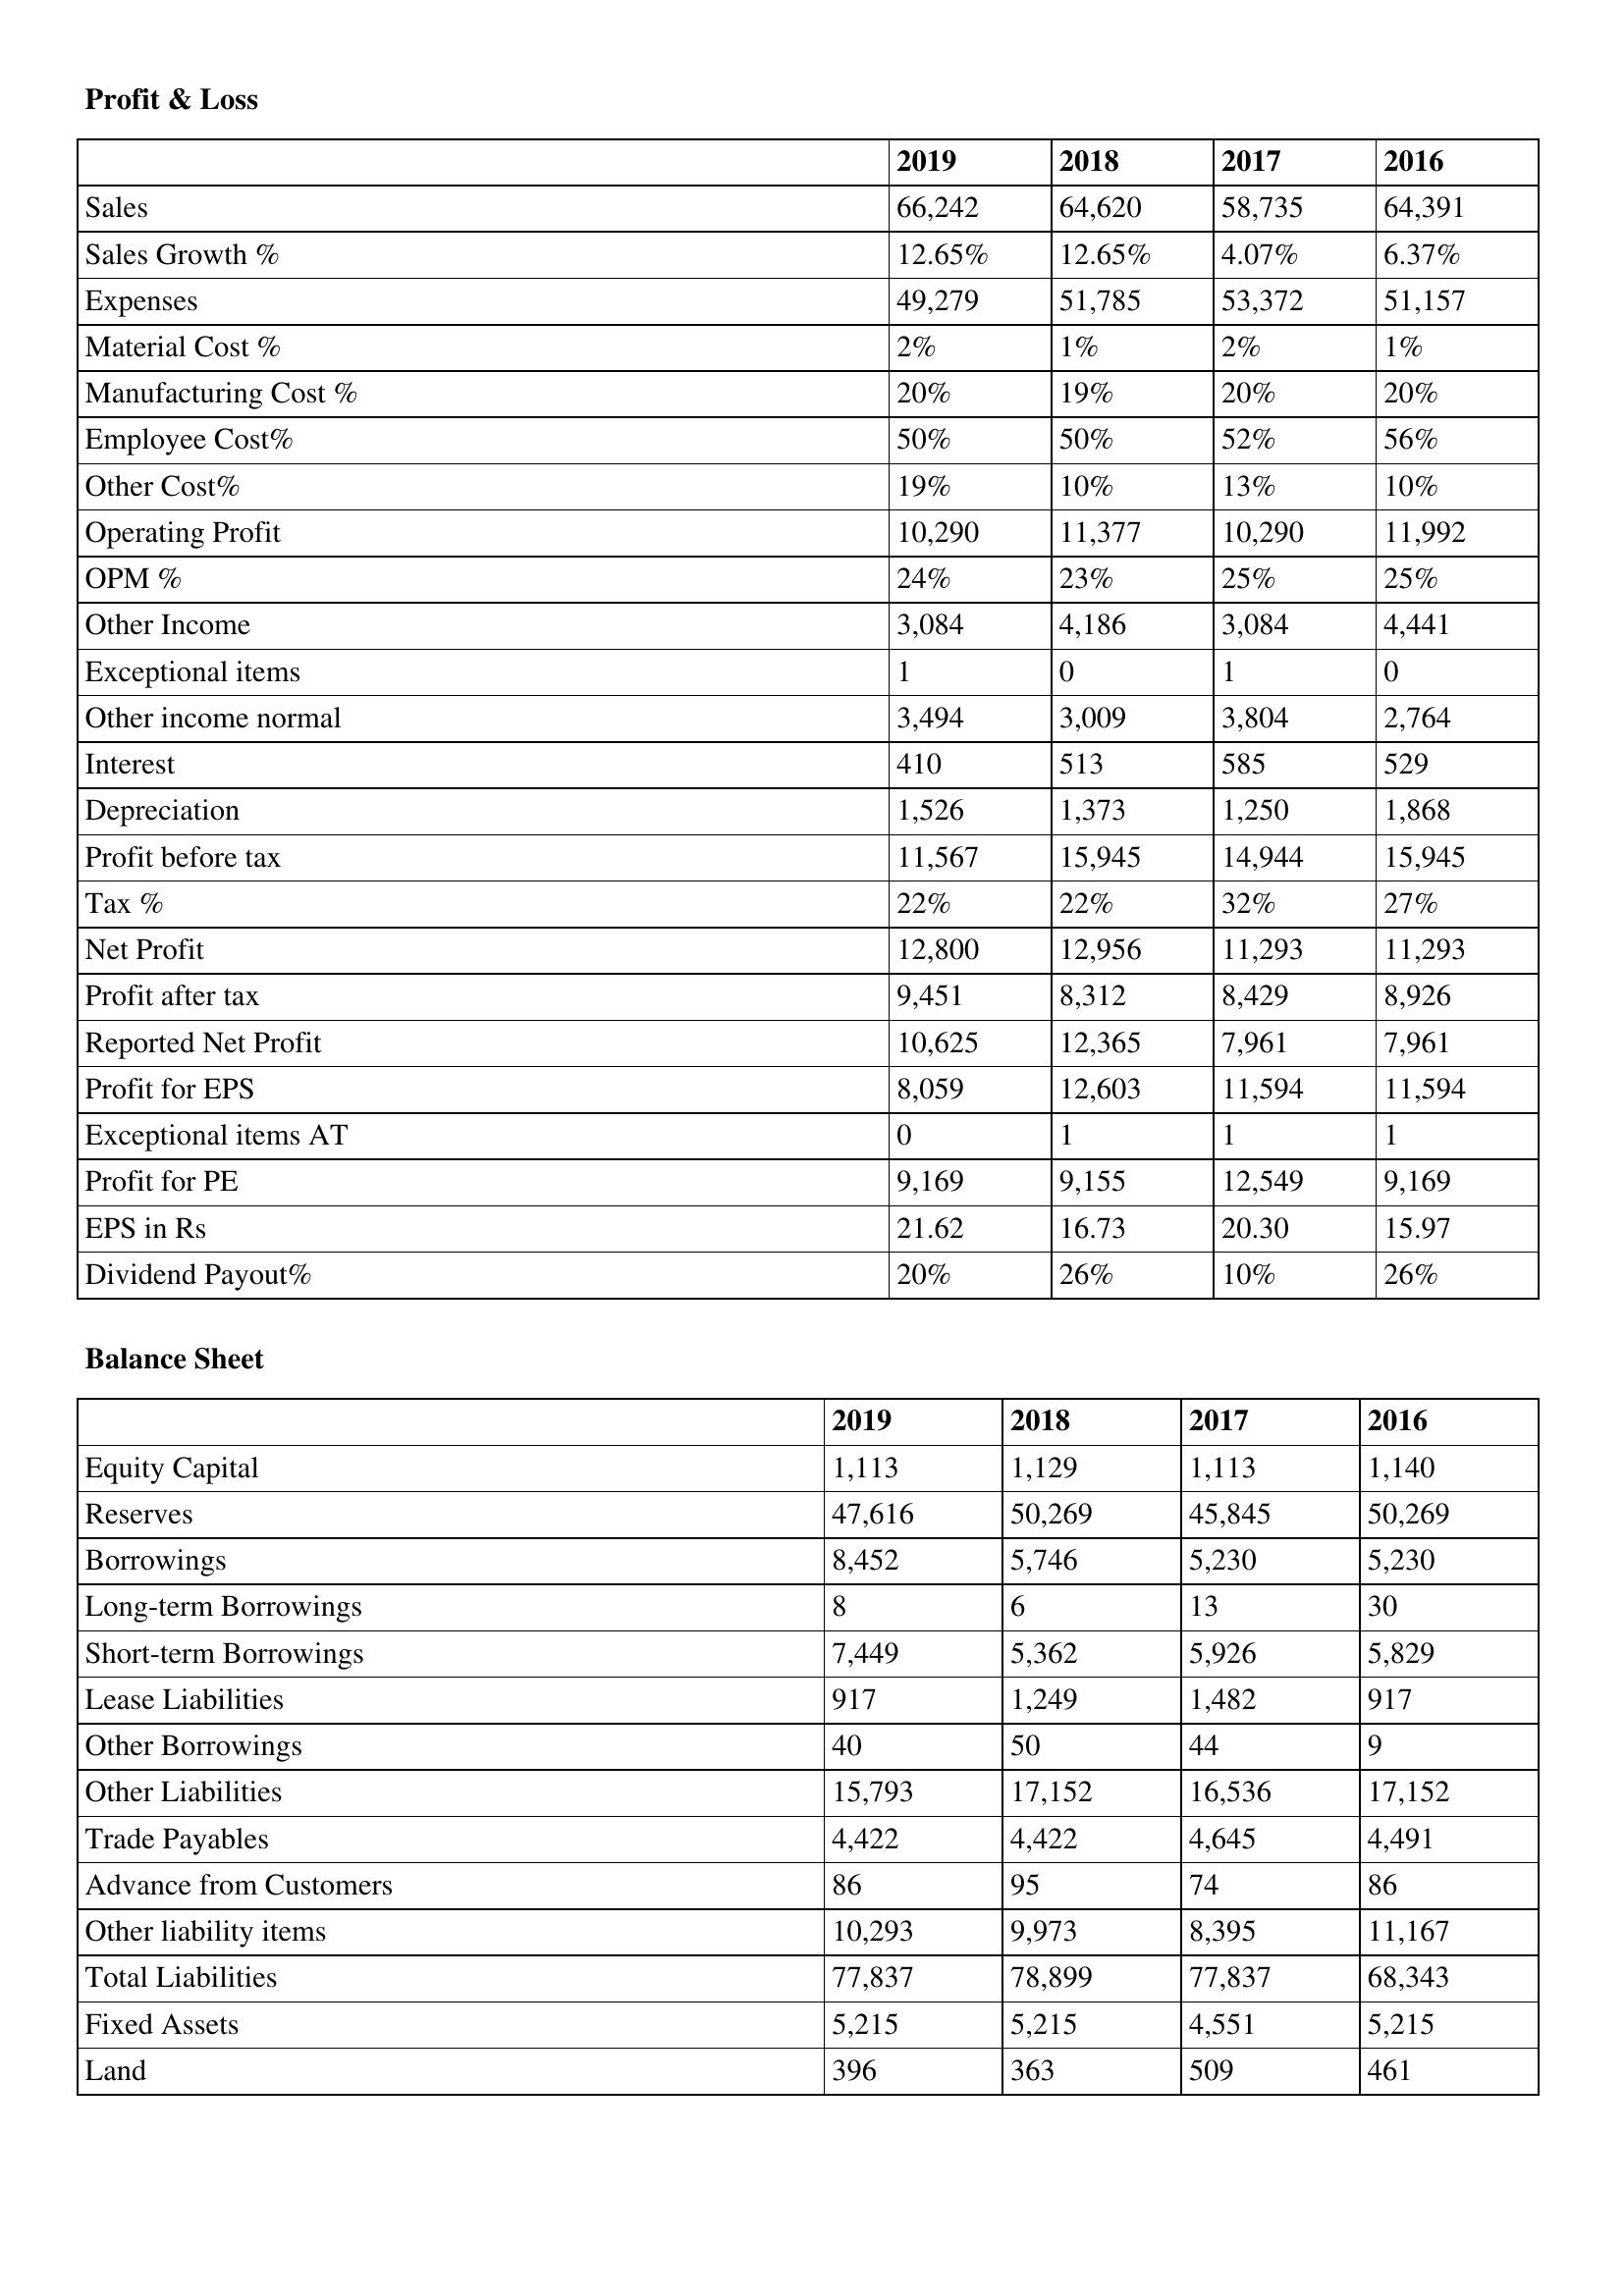
gt_parse: 2019: Profit & Loss: Sales: 66,242
Sales Growth %: 12.65%
Expenses: 49,279
Material Cost %: 2%
Manufacturing Cost %: 20%
Employee Cost%: 50%
Other Cost%: 19%
Operating Profit: 10,290
OPM %: 24%
Other Income: 3,084
Exceptional items: 1
Other income normal: 3,494
Interest: 410
Depreciation: 1,526
Profit before tax: 11,567
Tax %: 22%
Net Profit: 12,800
Profit after tax: 9,451
Reported Net Profit: 10,625
Profit for EPS: 8,059
Exceptional items AT: 0
Profit for PE: 9,169
EPS in Rs: 21.62
Dividend Payout%: 20%
Balance Sheet: Equity Capital: 1,113
Reserves: 47,616
Borrowings: 8,452
Long-term Borrowings: 8
Short-term Borrowings: 7,449
Lease Liabilities: 917
Other Borrowings: 40
Other Liabilities: 15,793
Trade Payables: 4,422
Advance from Customers: 86
Other liability items: 10,293
Total Liabilities: 77,837
Fixed Assets: 5,215
Land: 396
2018: Profit & Loss: Sales: 64,620
Sales Growth %: 12.65%
Expenses: 51,785
Material Cost %: 1%
Manufacturing Cost %: 19%
Employee Cost%: 50%
Other Cost%: 10%
Operating Profit: 11,377
OPM %: 23%
Other Income: 4,186
Exceptional items: 0
Other income normal: 3,009
Interest: 513
Depreciation: 1,373
Profit before tax: 15,945
Tax %: 22%
Net Profit: 12,956
Profit after tax: 8,312
Reported Net Profit: 12,365
Profit for EPS: 12,603
Exceptional items AT: 1
Profit for PE: 9,155
EPS in Rs: 16.73
Dividend Payout%: 26%
Balance Sheet: Equity Capital: 1,129
Reserves: 50,269
Borrowings: 5,746
Long-term Borrowings: 6
Short-term Borrowings: 5,362
Lease Liabilities: 1,249
Other Borrowings: 50
Other Liabilities: 17,152
Trade Payables: 4,422
Advance from Customers: 95
Other liability items: 9,973
Total Liabilities: 78,899
Fixed Assets: 5,215
Land: 363
2017: Profit & Loss: Sales: 58,735
Sales Growth %: 4.07%
Expenses: 53,372
Material Cost %: 2%
Manufacturing Cost %: 20%
Employee Cost%: 52%
Other Cost%: 13%
Operating Profit: 10,290
OPM %: 25%
Other Income: 3,084
Exceptional items: 1
Other income normal: 3,804
Interest: 585
Depreciation: 1,250
Profit before tax: 14,944
Tax %: 32%
Net Profit: 11,293
Profit after tax: 8,429
Reported Net Profit: 7,961
Profit for EPS: 11,594
Exceptional items AT: 1
Profit for PE: 12,549
EPS in Rs: 20.30
Dividend Payout%: 10%
Balance Sheet: Equity Capital: 1,113
Reserves: 45,845
Borrowings: 5,230
Long-term Borrowings: 13
Short-term Borrowings: 5,926
Lease Liabilities: 1,482
Other Borrowings: 44
Other Liabilities: 16,536
Trade Payables: 4,645
Advance from Customers: 74
Other liability items: 8,395
Total Liabilities: 77,837
Fixed Assets: 4,551
Land: 509
2016: Profit & Loss: Sales: 64,391
Sales Growth %: 6.37%
Expenses: 51,157
Material Cost %: 1%
Manufacturing Cost %: 20%
Employee Cost%: 56%
Other Cost%: 10%
Operating Profit: 11,992
OPM %: 25%
Other Income: 4,441
Exceptional items: 0
Other income normal: 2,764
Interest: 529
Depreciation: 1,868
Profit before tax: 15,945
Tax %: 27%
Net Profit: 11,293
Profit after tax: 8,926
Reported Net Profit: 7,961
Profit for EPS: 11,594
Exceptional items AT: 1
Profit for PE: 9,169
EPS in Rs: 15.97
Dividend Payout%: 26%
Balance Sheet: Equity Capital: 1,140
Reserves: 50,269
Borrowings: 5,230
Long-term Borrowings: 30
Short-term Borrowings: 5,829
Lease Liabilities: 917
Other Borrowings: 9
Other Liabilities: 17,152
Trade Payables: 4,491
Advance from Customers: 86
Other liability items: 11,167
Total Liabilities: 68,343
Fixed Assets: 5,215
Land: 461